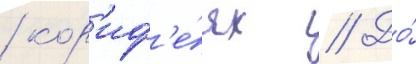
/ кор'иф'е́ях // До́